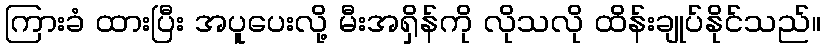
ကြားခံ ထားပြီး အပူပေးလို့ မီးအရှိန်ကို လိုသလို ထိန်းချုပ်နိုင်သည်။